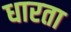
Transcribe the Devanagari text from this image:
धारता